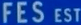
FES EST